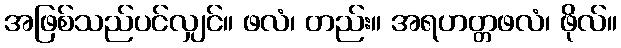
အဖြစ်သည်ပင်လျှင်။ ဖလံ၊ တည်း။ အရဟတ္တဖလံ၊ ဖိုလ်။